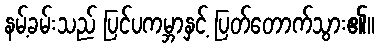
နမ့်ခမ်းသည် ပြင်ပကမ္ဘာနှင့် ပြတ်တောက်သွား၏။